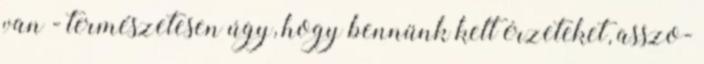
van - természetesen úgy, hogy bennünk kelt érzeteket, asszo-